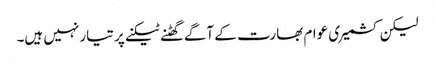
لیکن کشمیری عوام بھارت کے آگے گھٹنے ٹیکنے پر تیار نہیں ہیں۔